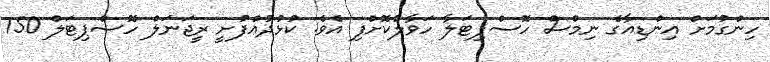
ހިންގުމަށް އިންޑިއާގެ ނިމްސް ހޮސްޕިޓަލާ ހަވާލުކޮށްފި އެވެ. ކުޅުދުއްފުށީ ރީޖަނަލް ހޮސްޕިޓަލް 150